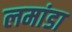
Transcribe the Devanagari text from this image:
लमांडा